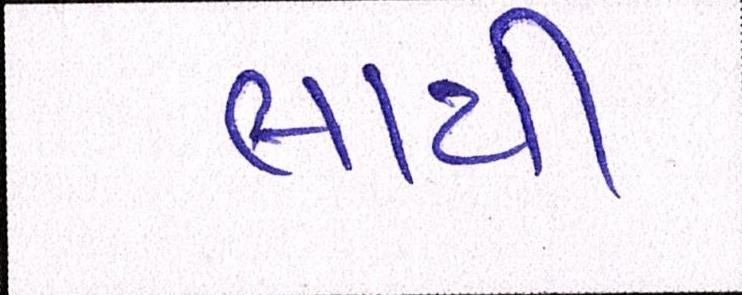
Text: લાયી